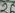
Text: 26